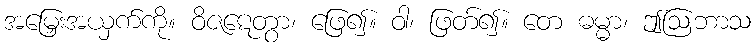
အမြှေးအယှက်ကို။ ဝိဇဋေတွာ၊ ဖြေ၍။ ဝါ၊ ဖြတ်၍။ တေ ဓမ္မာ၊ ဤဩဘာသ